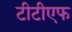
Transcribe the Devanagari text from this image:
टीटीएफ